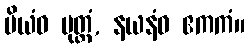
ပိယံဝ ပုတ္တံ, နယနံဝ ဧကကံ။